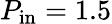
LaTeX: P_{\mathrm{in}}=1.5